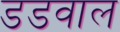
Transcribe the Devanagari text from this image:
डडवाल